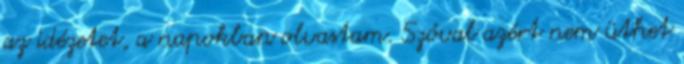
az idézetet, a napokban olvastam. Szóval azért nem üthet